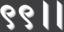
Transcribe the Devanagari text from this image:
९९।।